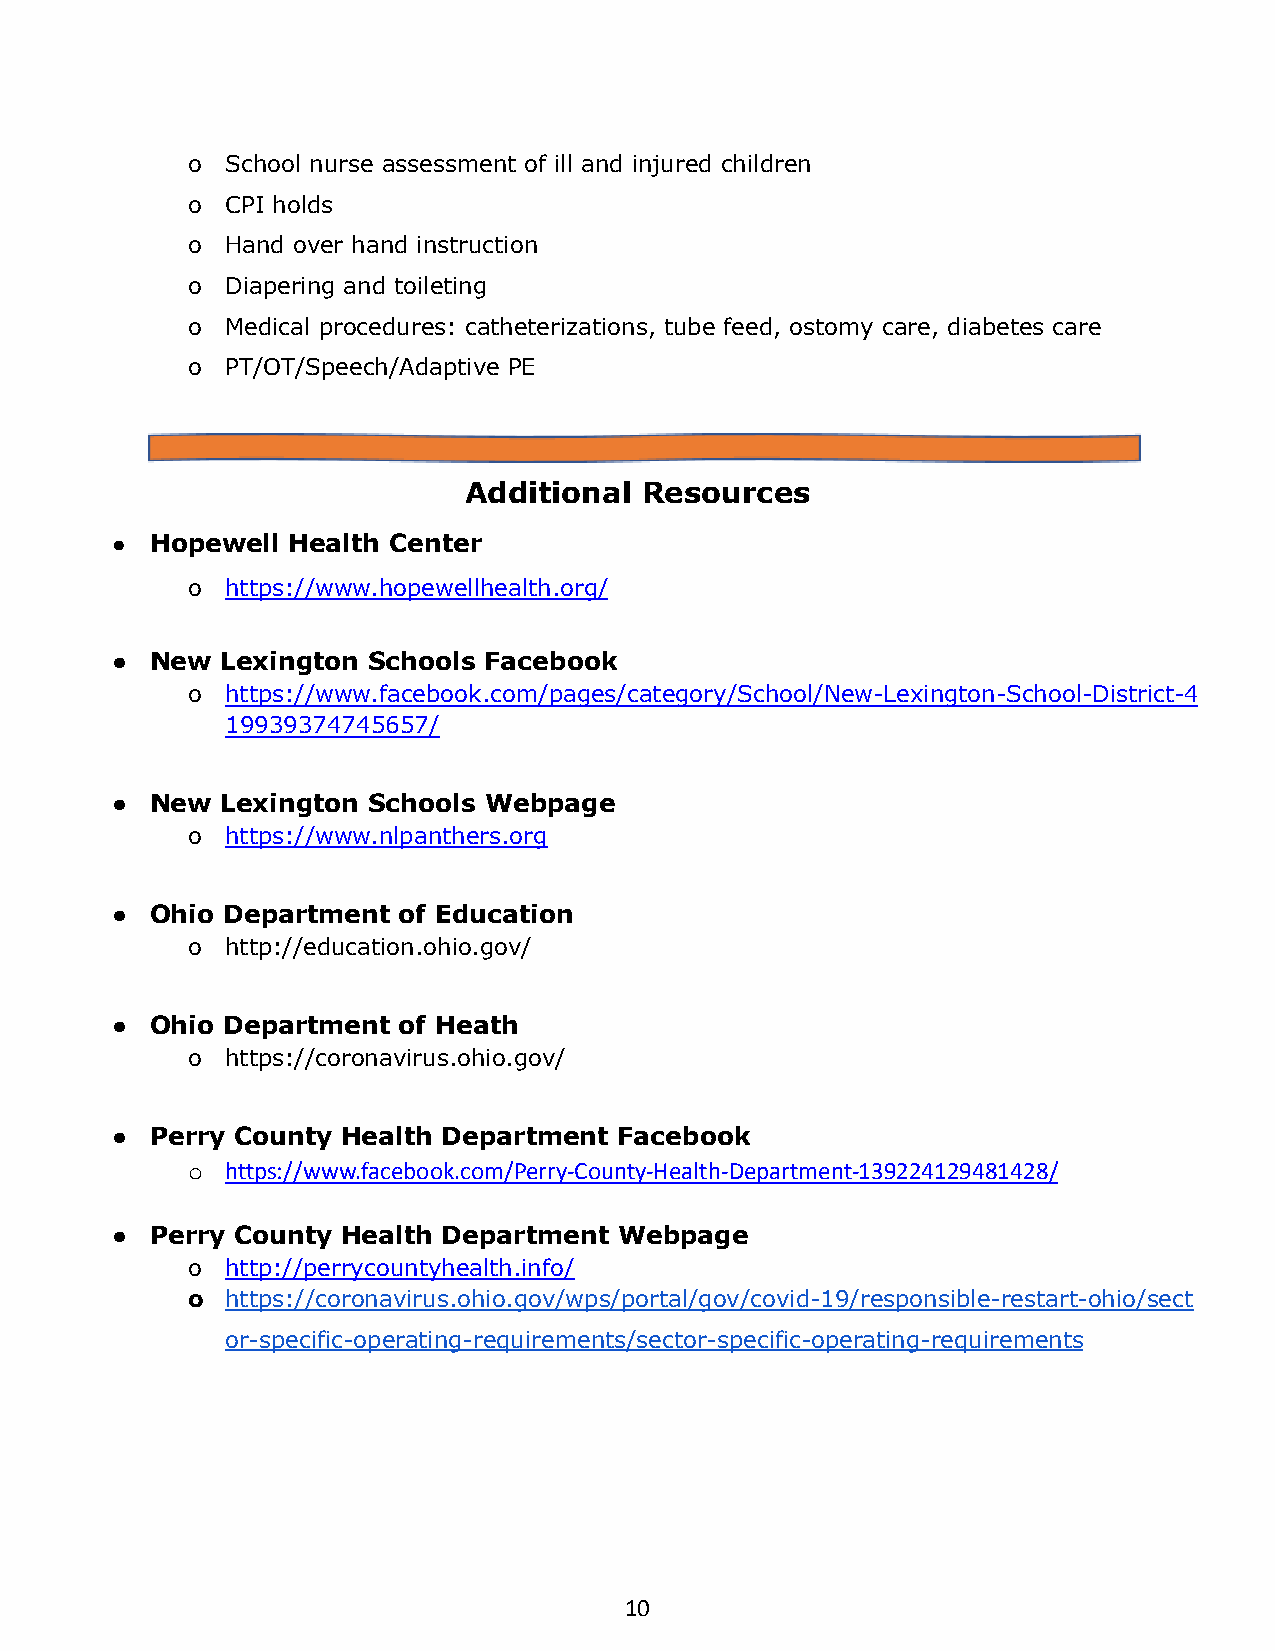
o  School nurse assessment of ill and injured children
 o  CPI holds
 o  Hand over hand instruction
 o  Diapering and toileting
 o  Medical procedures: catheterizations, tube feed, ostomy care, diabetes care
 o  PT/OT/Speech/Adaptive PE
 Additional Resources
 ●  Hopewell Health Center
 o  https://www.hopewellhealth.org/
 ●  New  Lexington Schools Facebook
 o  https://www.facebook.com/pages/category/School/New-Lexington-School-District-4
 19939374745657/
 ●  New  Lexington Schools Webpage
 o  https://www.nlpanthers.org
 ●  Ohio Department of Education
 o  http://education.ohio.gov/
 ●  Ohio Department of Heath
 o  https://coronavirus.ohio.gov/
 ●  Perry County Health Department Facebook
 o  https://www.facebook.com/Perry-County-Health-Department-139224129481428/
 ●  Perry County Health Department Webpage
 o  http://perrycountyhealth.info/
 o  https://coronavirus.ohio.gov/wps/portal/gov/covid-19/responsible-restart-ohio/sect
 or-specific-operating-requirements/sector-specific-operating-requirements
 10